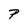
Character: P